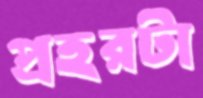
প্রহরটা